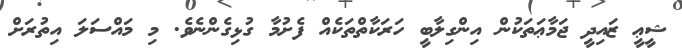
ޝީޢީ ޒައިދީ ޖަމާޢަތަކުން އިންގިލާބީ ހަރަކާތްތަކެއް ފެށުމާ ގުޅިގެންނެވެ. މި މައްސަލަ އިތުރަށް